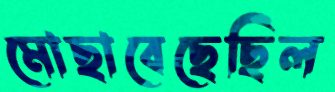
মোছাবেছেছিল